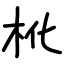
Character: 杹